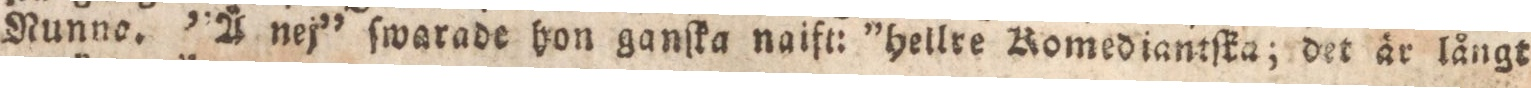
Nunno. ”Å nej” ſwarade hon ganſka naift: “hellre Homediantſka; det är långt